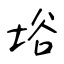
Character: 﨏